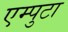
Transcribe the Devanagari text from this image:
एम्पुटा